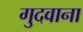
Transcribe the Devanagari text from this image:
गुदवाना